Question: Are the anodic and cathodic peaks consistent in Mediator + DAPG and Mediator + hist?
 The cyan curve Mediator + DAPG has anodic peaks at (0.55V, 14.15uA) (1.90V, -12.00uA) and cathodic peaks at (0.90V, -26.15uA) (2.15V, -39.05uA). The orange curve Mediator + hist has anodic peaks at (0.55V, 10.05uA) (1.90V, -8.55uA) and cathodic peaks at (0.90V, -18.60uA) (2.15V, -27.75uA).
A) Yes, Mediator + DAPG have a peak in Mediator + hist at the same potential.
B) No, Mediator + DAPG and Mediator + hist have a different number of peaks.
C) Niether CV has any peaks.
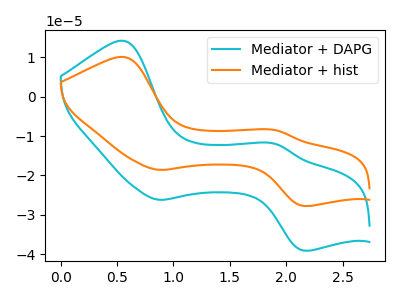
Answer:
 <answer>A) Yes, "Mediator + DAPG" have a peak in "Mediator + hist" at the same potential.</answer>
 <eval>A</eval>